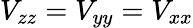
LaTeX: V_{zz}=V_{yy}=V_{xx}